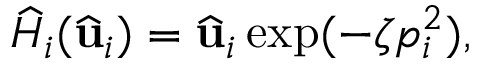
\widehat { H } _ { i } ( \widehat { \mathbf { u } } _ { i } ) = \widehat { \mathbf { u } } _ { i } \exp ( - \zeta p _ { i } ^ { 2 } ) ,